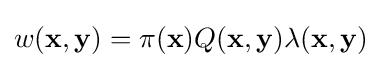
w(\mathbf {x} ,\mathbf {y} )=\pi (\mathbf {x} )Q(\mathbf {x} ,\mathbf {y} )\lambda (\mathbf {x} ,\mathbf {y} )